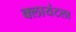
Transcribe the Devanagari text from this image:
क्लायंटला